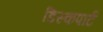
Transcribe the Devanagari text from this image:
डिस्कपार्ट